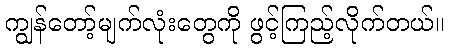
ကျွန်တော့်မျက်လုံးတွေကို ဖွင့်ကြည့်လိုက်တယ်။